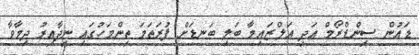
ޑައުން ސިންޑްރޯމް އަދި އަލްޒައިމާ ބަލި ބަނޑަށް ފުރަތަމަ ތިންމަހުގައި ނިދާއިރު ދިމާވާ